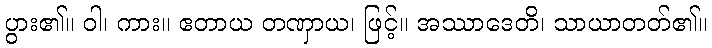
ပွား၏။ ဝါ၊ ကား။ ဧတာယ တဏှာယ၊ ဖြင့်။ အဿာဒေတိ၊ သာယာတတ်၏။